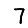
Digit: 7